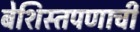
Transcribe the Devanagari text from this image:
बेशिस्तपणाची